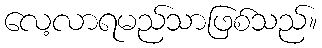
လေ့လာရမည်သာဖြစ်သည်။